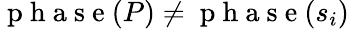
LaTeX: \mathrm{~p~h~a~s~e~}(P)\neq\mathrm{~p~h~a~s~e~}(s_{i})